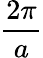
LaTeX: \frac{2\pi}{a}